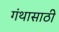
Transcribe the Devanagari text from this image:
गंथासाठी